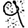
Digit: 9